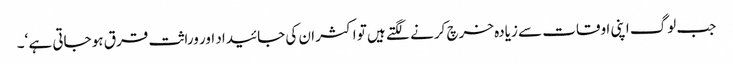
جب لوگ اپنی اوقات سے زیادہ خرچ کرنے لگتے ہیں تو اکثر ان کی جائیداد اور وراثت قرق ہو جاتی ہے ‘۔